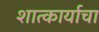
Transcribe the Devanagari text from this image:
शात्कार्याचा